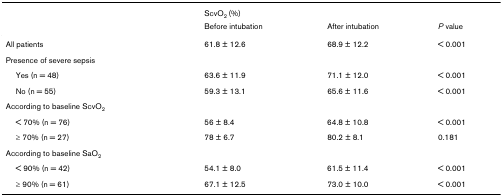
<table><thead><tr><td></td><td><b>ScvO<sub>2 </sub>(%)</b></td><td></td><td></td></tr><tr><td></td><td><b>Before intubation</b></td><td><b>After intubation</b></td><td><b><i>P </i>value</b></td></tr></thead><tbody><tr><td>All patients</td><td>61.8 ± 12.6</td><td>68.9 ± 12.2</td><td>&lt; 0.001</td></tr><tr><td>Presence of severe sepsis</td><td></td><td></td><td></td></tr><tr><td> Yes (n = 48)</td><td>63.6 ± 11.9</td><td>71.1 ± 12.0</td><td>&lt; 0.001</td></tr><tr><td> No (n = 55)</td><td>59.3 ± 13.1</td><td>65.6 ± 11.6</td><td>&lt; 0.001</td></tr><tr><td>According to baseline ScvO<sub>2</sub></td><td></td><td></td><td></td></tr><tr><td> &lt; 70% (n = 76)</td><td>56 ± 8.4</td><td>64.8 ± 10.8</td><td>&lt; 0.001</td></tr><tr><td> ≥ 70% (n = 27)</td><td>78 ± 6.7</td><td>80.2 ± 8.1</td><td>0.181</td></tr><tr><td>According to baseline SaO<sub>2</sub></td><td></td><td></td><td></td></tr><tr><td> &lt; 90% (n = 42)</td><td>54.1 ± 8.0</td><td>61.5 ± 11.4</td><td>&lt; 0.001</td></tr><tr><td> ≥ 90% (n = 61)</td><td>67.1 ± 12.5</td><td>73.0 ± 10.0</td><td>&lt; 0.001</td></tr></tbody></table>